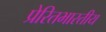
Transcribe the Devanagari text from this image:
प्रेरितभारतीय